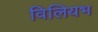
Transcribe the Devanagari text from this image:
विलियभ